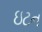
ઇટન